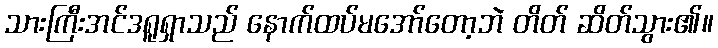
သားကြီးအင်ဒရူရှာသည် နောက်ထပ်မအော်တော့ဘဲ တိတ် ဆိတ်သွား၏။